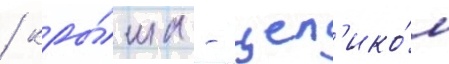
/ кры́ша - цел'ико́м